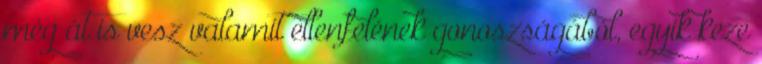
még át is vesz valamit ellenfelének gonoszságából, egyik keze